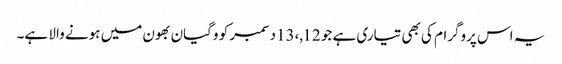
یہ اس پروگرام کی بھی تیاری ہے جو 12,،13دسمبر کو وگیان بھون میں ہونے والا ہے۔